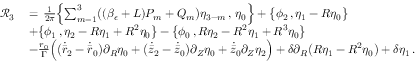
\begin{array} { r l } { \mathcal { R } _ { 3 } \, } & { = \, \frac { 1 } { 2 \pi } \Bigl \{ \sum _ { m = 1 } ^ { 3 } \bigl ( ( \beta _ { \epsilon } + L ) P _ { m } + Q _ { m } \bigr ) \eta _ { 3 - m } \, , \, \eta _ { 0 } \Bigr \} + \bigl \{ \phi _ { 2 } \, , \eta _ { 1 } - R \eta _ { 0 } \bigr \} } \\ & { + \bigl \{ \phi _ { 1 } \, , \eta _ { 2 } - R \eta _ { 1 } + R ^ { 2 } \eta _ { 0 } \bigr \} - \bigl \{ \phi _ { 0 } \, , R \eta _ { 2 } - R ^ { 2 } \eta _ { 1 } + R ^ { 3 } \eta _ { 0 } \bigr \} } \\ & { - \frac { r _ { 0 } } { \Gamma } \Bigr ( \bigl ( \dot { \bar { r } } _ { 2 } - \dot { \bar { r } } _ { 0 } \bigr ) \partial _ { R } \eta _ { 0 } + \bigl ( \dot { \bar { z } } _ { 2 } - \dot { \bar { z } } _ { 0 } \bigr ) \partial _ { Z } \eta _ { 0 } + \dot { \bar { z } } _ { 0 } \partial _ { Z } \eta _ { 2 } \Bigr ) + \delta \partial _ { R } \bigl ( R \eta _ { 1 } - R ^ { 2 } \eta _ { 0 } \bigr ) + \delta \eta _ { 1 } \, . } \end{array}